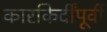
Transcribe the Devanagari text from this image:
कारकिर्दींपूर्वी